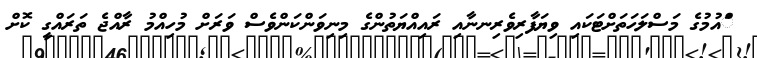
ްައުމުގެ މަސްލަހަތަށްޓަކައި ވިޔަފާރިވެރިނނާއި ރައިއްޔަތުންގެ މިނިވަންކަންވެސް ވަރަށް މުހިއްމު ރާއްޖެ ތަރައްގީ ކޮށް